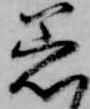
着